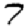
Digit: 7